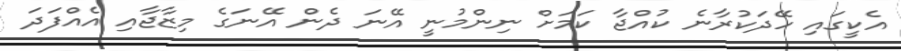
އެކީގައި ހޭދަކުރާނެ ކުއްޖާ ކަމަށް ނިންމުނީ އޭނަ ދެން އޭނަގެ މިޒާޖާއި އެއްފަދަ